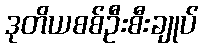
ဒုတိယစစ်ဦးစီးချုပ်